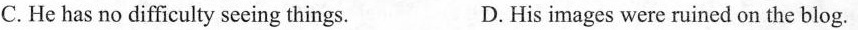
C.He has no difficulty seeing things. D.His images were ruined on the blog.